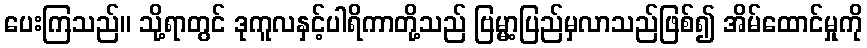
ပေးကြသည်။ သို့ရာတွင် ဒုကူလနှင့်ပါရိကာတို့သည် ဗြမ္မာ့ပြည်မှလာသည်ဖြစ်၍ အိမ်ထောင်မှုကို